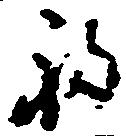
福